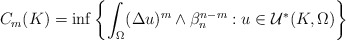
\begin{align*}\begin{aligned}C_m(K)=\inf\left\{\int_{\Omega}(\Delta u)^m\wedge\beta_n^{n-m}: u\in\mathcal{U}^*(K,\Omega)\right\}\end{aligned}\end{align*}